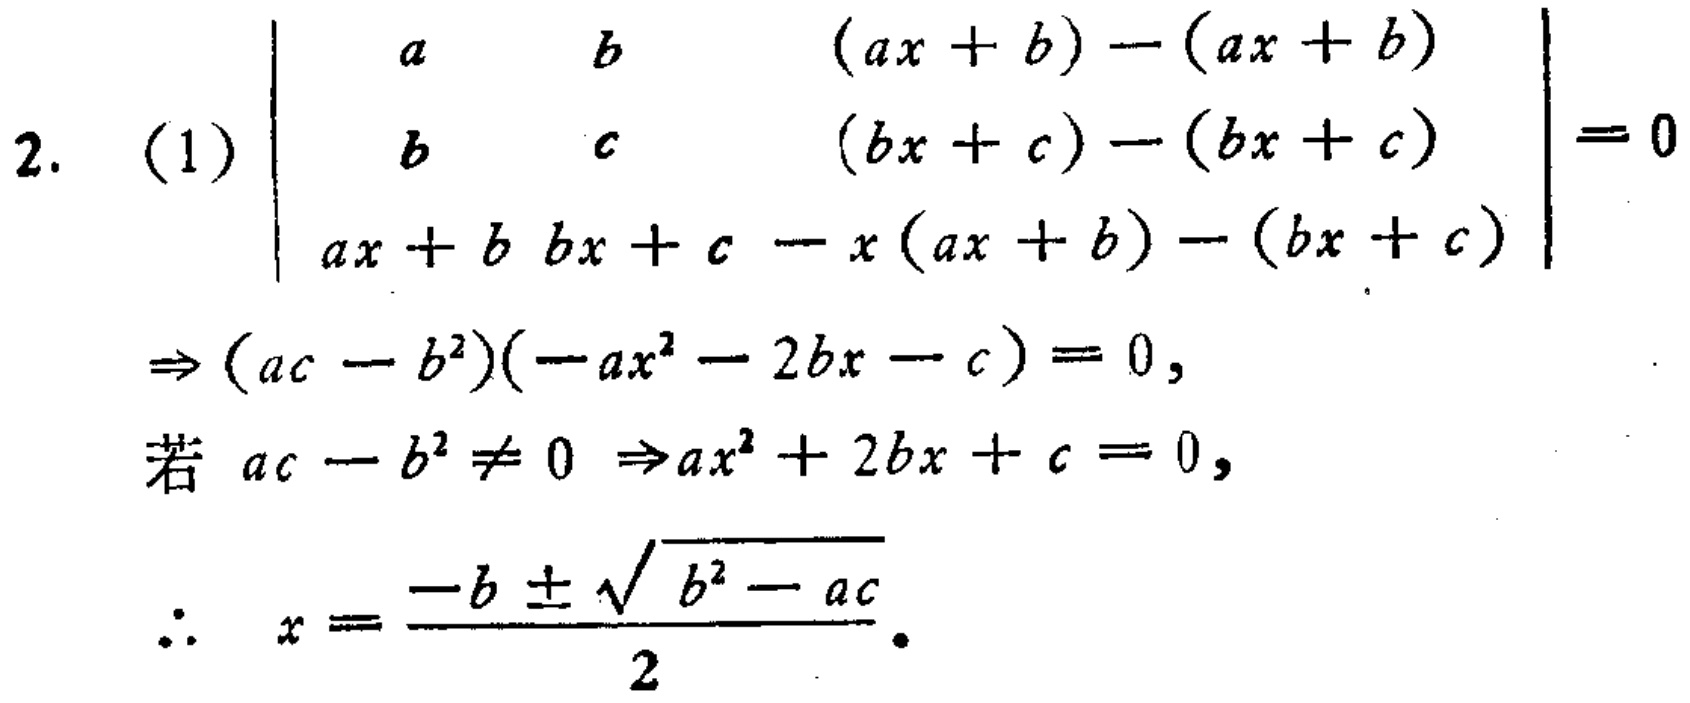
\[
\begin{align*}
2.\ (1)&\begin{vmatrix}
a&b&(ax + b)-(ax + b)\\
b&c&(bx + c)-(bx + c)\\
ax + b&bx + c&-x(ax + b)-(bx + c)
\end{vmatrix}=0\\
&\Rightarrow(ac - b^{2})(-ax^{2}-2bx - c)=0,\\
&\text{若 }ac - b^{2}\neq0\Rightarrow ax^{2}+2bx + c = 0,\\
&\therefore x=\frac{-b\pm\sqrt{b^{2}-ac}}{2}.
\end{align*}
\]